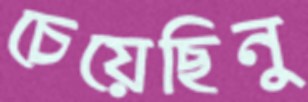
চেয়েছিনু